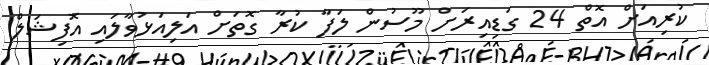
ކުރިއަށް އޮތް 24 ގަޑިއިރަށް މޫސުން ލަފާ ކުރާ ގޮތަށް އަލިއަޅުވާލައި އޮފިޝަލް